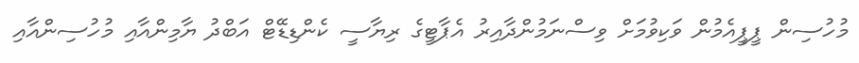
މުހުސިން ޕީޕީއެމުން ވަކިވުމަށް ވިސްނަމުންދާއިރު އެޕާޓީގެ ރިޔާސީ ކެންޑިޑޭޓް އަބްދު ޔާމިންއާއި މުހުސިންއާއި